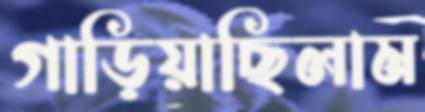
গাড়িয়াছিলাম